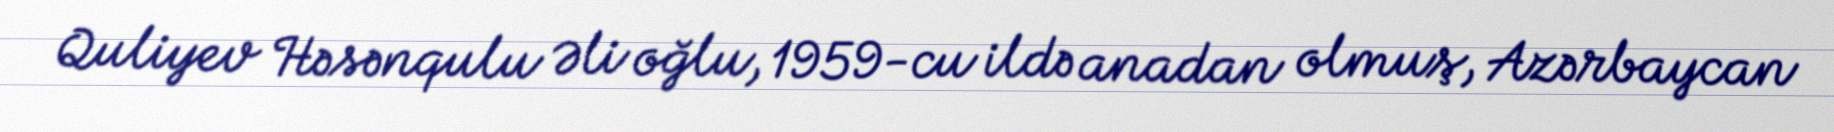
Quliyev Həsənqulu Əli oğlu, 1959-cu ildə anadan olmuş, Azərbaycan